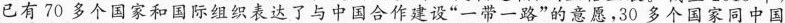
已有70多个国家和国际组织表达了与中国合作建设”一带一路”的意愿，30多个国家同中国